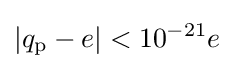
\left|{q_{\text{p}}-e}\right|<10^{-21}e